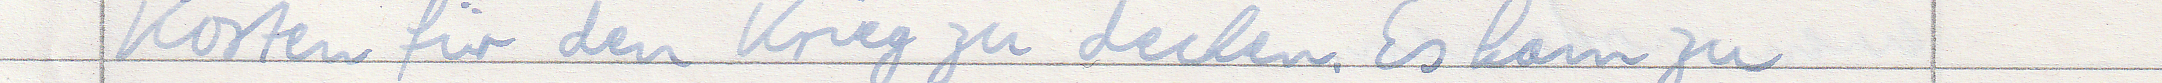
Kosten für den Krieg zu decken. Es kam zu